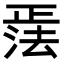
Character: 𪴹